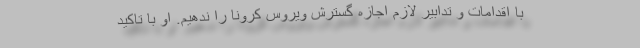
با اقدامات و تدابیر لازم اجازه گسترش ویروس کرونا را ندهیم. او با تاکید